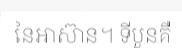
នៃអាស៊ាន។ ទីបួនគឺ